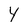
Character: Y